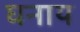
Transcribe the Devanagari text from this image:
घनाय